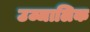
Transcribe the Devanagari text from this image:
उज्जालिक